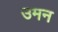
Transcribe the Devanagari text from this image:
उमन